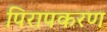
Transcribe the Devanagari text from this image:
पिरापकरण